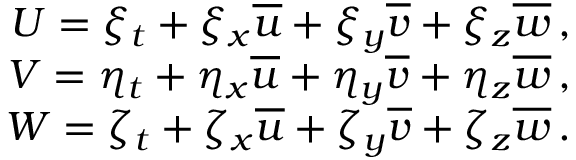
\begin{array} { r } { U = \xi _ { t } + \xi _ { x } \overline { { u } } + \xi _ { y } \overline { { v } } + \xi _ { z } \overline { { w } } \, \mathrm { , } } \\ { V = \eta _ { t } + \eta _ { x } \overline { { u } } + \eta _ { y } \overline { { v } } + \eta _ { z } \overline { { w } } \, \mathrm { , } } \\ { W = \zeta _ { t } + \zeta _ { x } \overline { { u } } + \zeta _ { y } \overline { { v } } + \zeta _ { z } \overline { { w } } \, \mathrm { . } } \end{array}